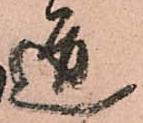
道